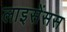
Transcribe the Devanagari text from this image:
लाइसेंसस